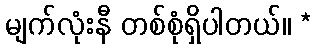
မျက်လုံးနီ တစ်စုံရှိပါတယ်။ *